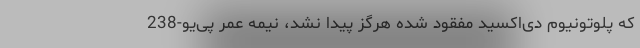
که پلوتونیوم دی‌اکسید مفقود شده هرگز پیدا نشد، نیمه عمر پی‌یو-238